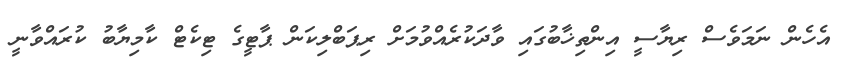
އެހެން ނަމަވެސް ރިޔާސީ އިންތިޚާބުގައި ވާދަކުރެއްވުމަށް ރިޕަބްލިކަން ޕާޓީގެ ޓިކެޓް ކާމިޔާބު ކުރައްވާނީ